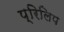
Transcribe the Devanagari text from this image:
प्रिलिप